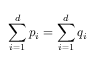
\sum _ { i = 1 } ^ { d } p _ { i } = \sum _ { i = 1 } ^ { d } q _ { i }